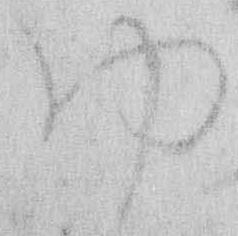
内